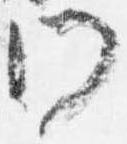
門